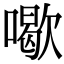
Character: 𠿒